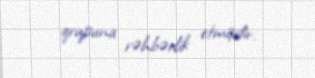
qrupuna rəhbərlik etmişdir.